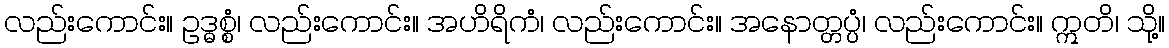
လည်းကောင်း။ ဥဒ္ဓစ္စံ၊ လည်းကောင်း။ အဟိရိကံ၊ လည်းကောင်း။ အနောတ္တပ္ပံ၊ လည်းကောင်း။ ဣတိ၊ သို့။